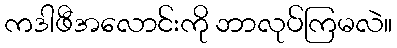
ကဒါဖီအလောင်းကို ဘာလုပ်ကြမလဲ။